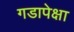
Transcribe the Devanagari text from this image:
गडापेक्षा